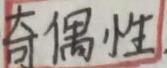
奇偶性